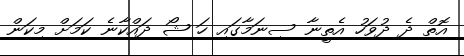
އޮތް ދެ ދުވަހު އެތީނާ ސިނަމާގައި ހަ ޝޯ ދައްކާނެ ކަމަށް މިކަން